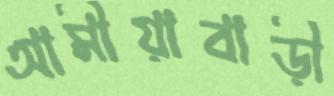
আমীয়াবাড়ী